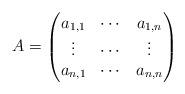
LaTeX: \begin{align*} A=\begin{pmatrix}a_{1,1} & \cdots & a_{1,n}\\ \vdots & \cdots & \vdots\\ a_{n,1} & \cdots & a_{n,n} \end{pmatrix}\end{align*}